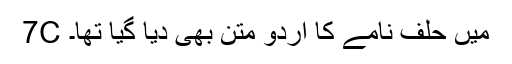
7C میں حلف نامے کا اردو متن بھی دیا گیا تھا۔